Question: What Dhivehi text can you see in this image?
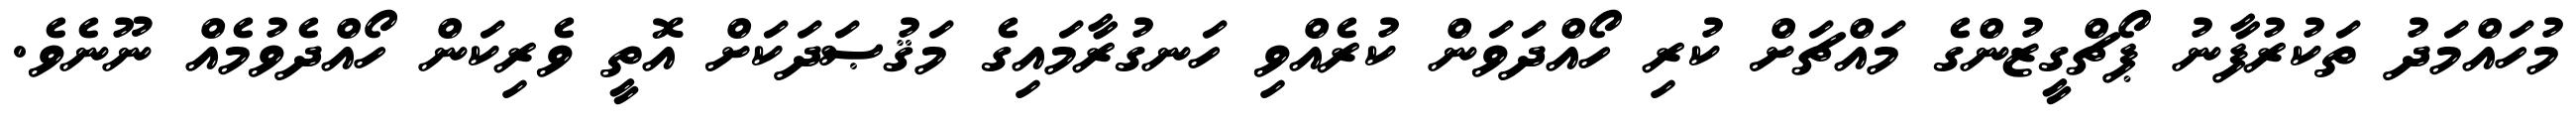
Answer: މުހައްމަދު ތަކުރުފާނު ޕޯޗްގީޒުންގެ މައްޗަށް ކުރި ހޯއްދަވަން ކުރެއްވި ހަނގުރާމައިގެ މަޤުޞަދަކަށް އޮތީ ވެރިކަން ހޯއްދެވުމެއް ނޫނެވެ.